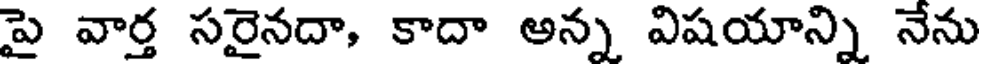
పై వార్త సరైనదా, కాదా అన్న విషయాన్ని నేను